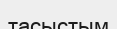
тасыстым